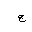
Letter: _gim